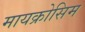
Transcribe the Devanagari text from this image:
मायक्रोसिम